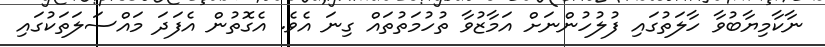
ނާކާމިޔާބުވާ ހާލަތުގައި ފުލުހުންނަށް އަމާޒުވާ ތުހުމަތުތައް ގިނަ އެވެ. އެގޮތުން އެފަދަ މައްސަލަތަކުގައި